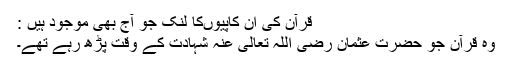
قرآن کی ان کاپیوں‌کا لنک جو آج بھی موجود ہیں :
‌وہ قرآن جو حضرت عثمان رضی اللہ تعالی عنہ شہادت کے وقت پڑھ رہے تھے۔